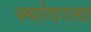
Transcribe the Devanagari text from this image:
फ्योदरला